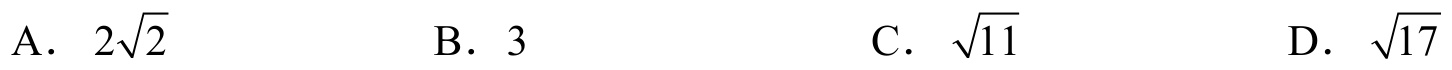
A．$2\sqrt{2}$  B．$3$  C．$\sqrt{11}$  D．$\sqrt{17}$